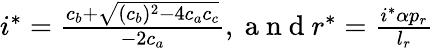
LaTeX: \begin{array}{r}{i^{*}=\frac{c_{b}+\sqrt{(c_{b})^{2}-4c_{a}c_{c}}}{-2c_{a}},\mathrm{~a~n~d~}r^{*}=\frac{i^{*}{\alpha}p_{r}}{l_{r}}}\end{array}